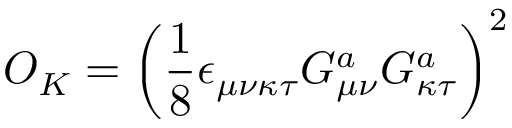
O _ { K } = \left( \frac 1 8 \epsilon _ { \mu \nu \kappa \tau } G _ { \mu \nu } ^ { a } G _ { \kappa \tau } ^ { a } \right) ^ { 2 }